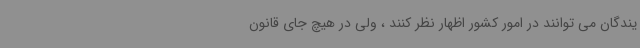
یندگان می توانند در امور کشور اظهار نظر کنند ، ولی در هیچ جای قانون